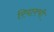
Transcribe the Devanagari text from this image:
रियाक्ची